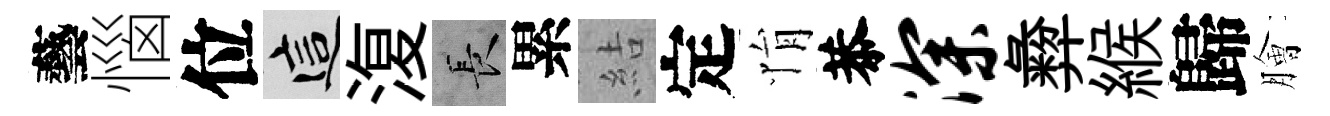
藝惱位這𣸪长累結定悁恭深彜緱歸膾